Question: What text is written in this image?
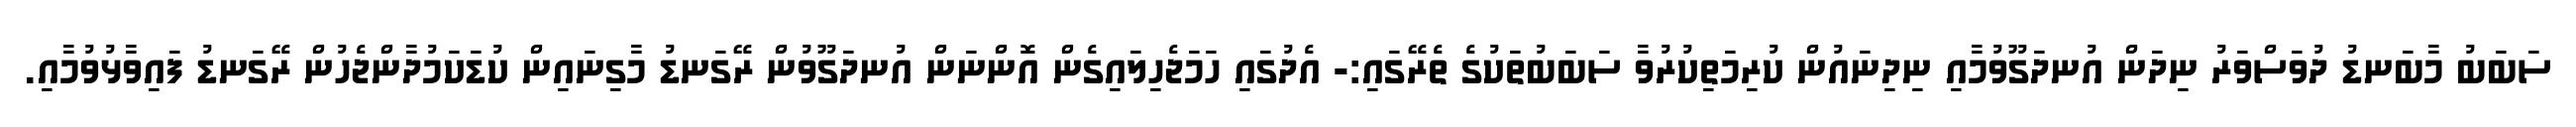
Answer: ސަބަބު މާބަނޑު ދުވަސްވަރު ނިދަން އުނދަގޫވުމާއި ނިދިނައުން ކުރިމަތިކުރުވާ ސަބަބުތަކުގެ ތެރޭގައި:- އެދުގައި ހަމަޖެހިލައިގެން އޮންނަން އުނދަގޫވުން ރޭގަނޑު މާގިނައިން ކުޑަކަމުދާންޖެހުން ރޭގަނޑު ފައިވާޅުވުމާއި.